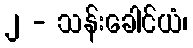
၂ - သန်းခေါင်ယံ၊